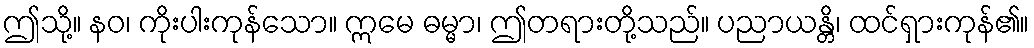
ဤသို့။ နဝ၊ ကိုးပါးကုန်သော။ ဣမေ ဓမ္မာ၊ ဤတရားတို့သည်။ ပညာယန္တိ၊ ထင်ရှားကုန်၏။